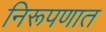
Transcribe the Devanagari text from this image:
निरूपणात